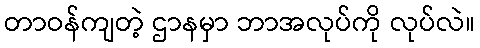
တာဝန်ကျတဲ့ ဌာနမှာ ဘာအလုပ်ကို လုပ်လဲ။